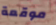
موقعة